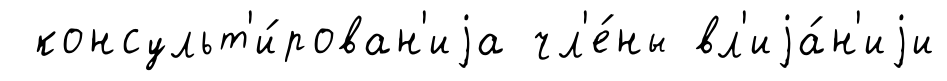
консульт'и́рован'иjа чл'е́ны вл'иjа́н'иjи